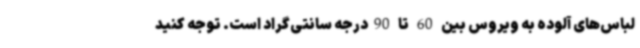
لباس‌های آلوده به ویروس بین 60 تا 90درجه سانتی‌گراد است. توجه کنید